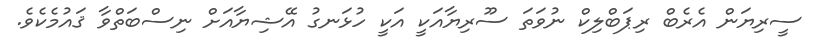
ސީރިޔަން އެރެބް ރިޕަބްލިކް ނުވަތަ ސޫރިޔާއަކީ އަކީ ހުޅަނގު އޭޝިޔާއަށް ނިސްބަތްވާ ޤައުމެކެވެ.